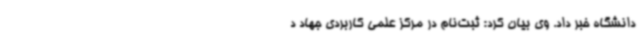
دانشگاه خبر داد. وی بیان کرد: ثبت‌نام در مرکز علمی کاربردی جهاد د